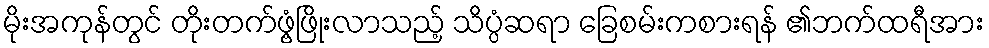
မိုးအကုန်တွင် တိုးတက်ဖွံ့ဖြိုးလာသည့် သိပ္ပံဆရာ ခြေစမ်းကစားရန် ၏ဘက်ထရီအား